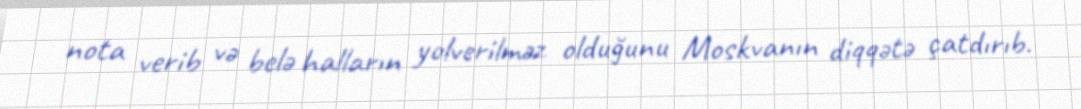
nota verib və belə halların yolverilməz olduğunu Moskvanın diqqətə çatdırıb.